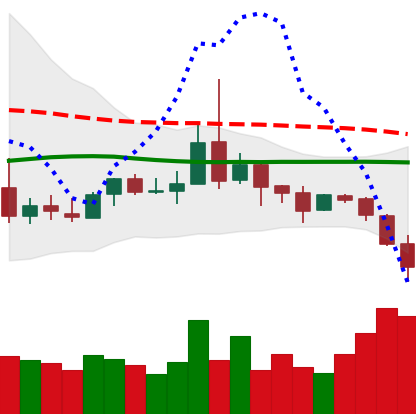
Ticker: DOGE-USD
Chart end date: 2019-08-15
Forward return: 4.659%
Label: up_3_5